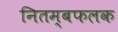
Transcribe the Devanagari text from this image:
नितम्बफलक